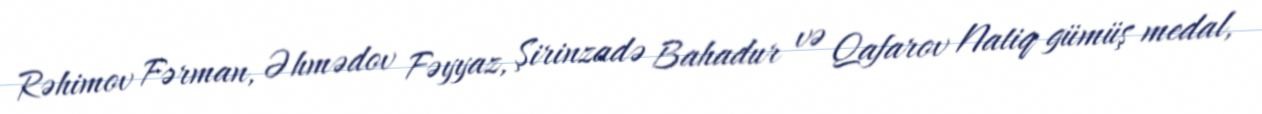
Rəhimov Fərman, Əhmədov Fəyyaz, Şirinzadə Bahadur və Qafarov Natiq gümüş medal,